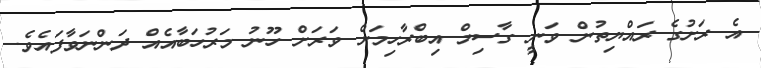
އެ ރަށުގެ ރައްޔިތުން ވަނީ ގާސިމް އިބްރާހިމަށް ވަރަށް ހޫނު މަރުހަބާއެއް ދަންނަވާފައެވެ.